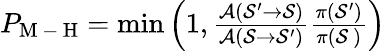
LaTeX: \begin{array}{r}{P_{\mathrm{M\mathrm{~-~}H}}=\operatorname*{min}\left(1,\frac{\mathcal{A}(\mathcal{S}^{\prime}\rightarrow\mathcal{S})}{\mathcal{A}(\mathcal{S}\rightarrow\mathcal{S}^{\prime})}\frac{\pi(\mathcal{S}^{\prime})}{\pi(\mathcal{S}~)}\right)}\end{array}